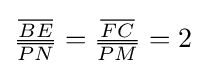
{\tfrac {\overline {BE}}{\overline {PN}}}={\tfrac {\overline {FC}}{\overline {PM}}}=2